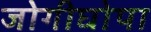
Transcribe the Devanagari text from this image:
जोगीघोपा